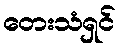
တေးသံရှင်